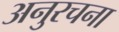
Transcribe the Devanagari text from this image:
अनुरचना